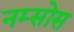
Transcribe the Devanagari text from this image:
नम्सोस